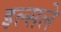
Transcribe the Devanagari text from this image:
इल्सले